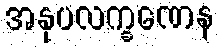
အနုပလက္ခဏေန